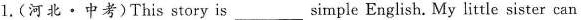
1.(河北·中考)This story is simple English. My little sister can